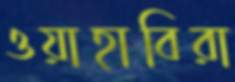
ওয়াহাবিরা